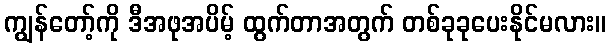
ကျွန်တော့်ကို ဒီအဖုအပိမ့် ထွက်တာအတွက် တစ်ခုခုပေးနိုင်မလား။